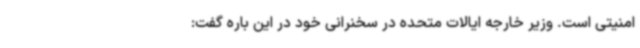
امنیتی است. وزیر خارجه ایالات متحده در سخنرانی خود در این باره گفت: